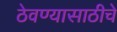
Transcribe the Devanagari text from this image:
ठेवण्यासाठीचे